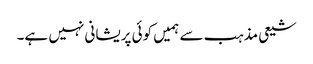
شیعی مذہب سے ہمیں کوئی پریشانی نہیں ہے۔